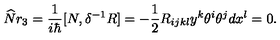
\widehat { N } r _ { 3 } = \frac 1 { i \hbar } [ N , \delta ^ { - 1 } R ] = - \frac 1 2 R _ { i j k l } y ^ { k } \theta ^ { i } \theta ^ { j } d x ^ { l } = 0 .